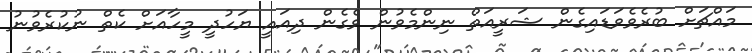
މައްޗަށް ބުރެވެވަޑައިގެން ޝަރީއަތް ނިންމެވުން ވެގެން ދިއައީ ޔަހުދީ މީހާއަށް ކެތް ނުކުރެވުނު